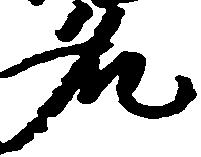
名